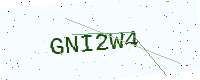
Text: GNI2W4